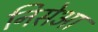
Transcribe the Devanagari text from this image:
निसेआ